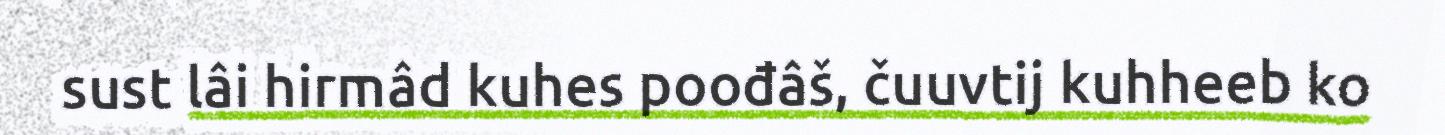
sust lâi hirmâd kuhes poođâš, čuuvtij kuhheeb ko